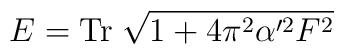
E = {\rm Tr}\;\sqrt{1 + 4 \pi^2 \alpha'^2 F^2}